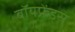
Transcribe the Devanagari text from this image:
बॉयफ्रेंड्स